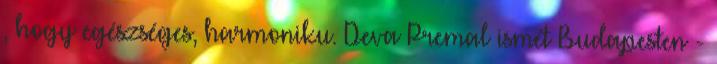
, hogy egészséges, harmoniku. Deva Premal ismét Budapesten -